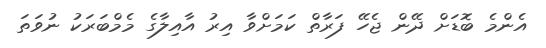
އެންމެ ބޮޑަށް ދޭން ޖެހޭ ފަރާތް ކަމަށްވާ އިރު އާއިލާގެ މެމްބަރަކު ނުވަތަ